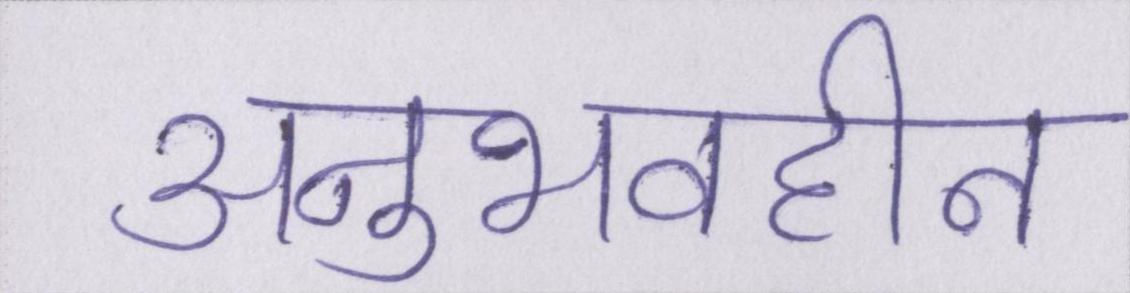
अनुभवहीन